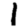
Digit: 1